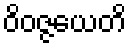
ဝိဝဇ္ဇယေတိ